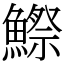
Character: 鰶